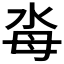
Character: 𣳗